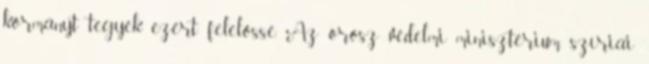
kormányt tegyék ezért felelőssé. Az orosz védelmi minisztérium szíriai